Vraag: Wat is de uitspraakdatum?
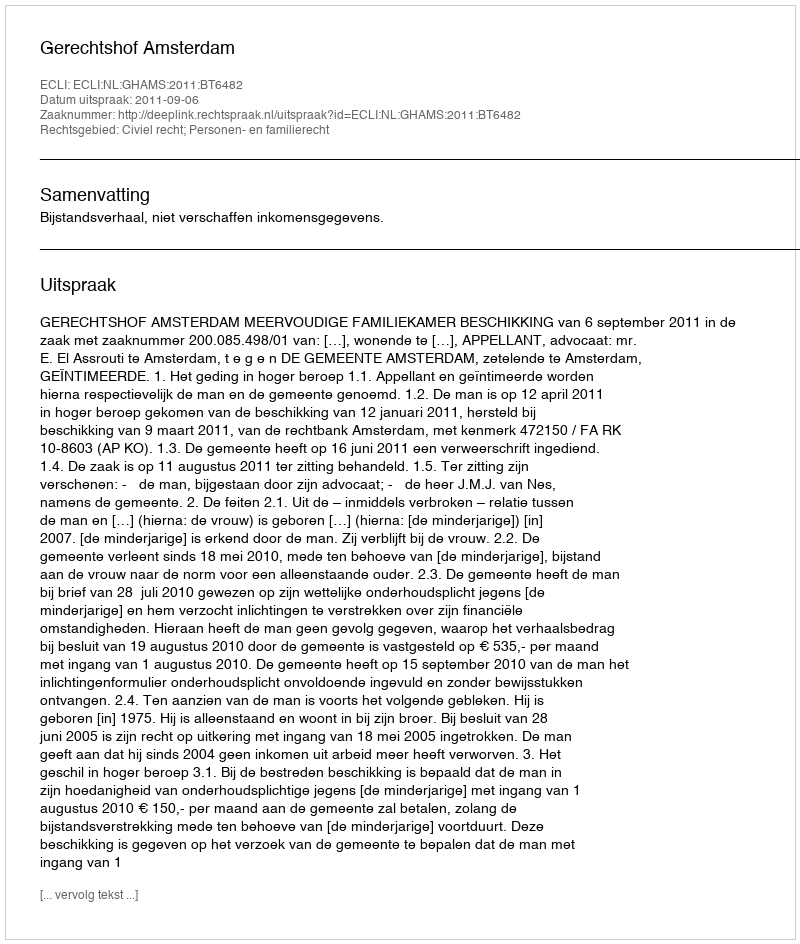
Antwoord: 2011-09-06